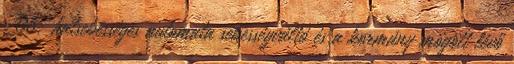
Z06; hatsebességes automata sebességváltó és a kormány mögött lévő